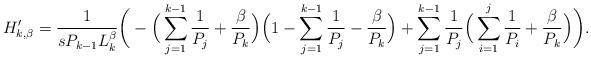
LaTeX: \begin{align*} H_{k,\beta}'= \frac{1}{sP_{k-1} L_k^\beta} \bigg(- \Big(\sum_{j=1}^{k-1}\frac1{P_j}+\frac{\beta}{P_k}\Big)\Big(1-\sum_{j=1}^{k-1}\frac1{P_j}-\frac{\beta}{P_k}\Big) + \sum_{j=1}^{k-1}\frac1{P_j} \Big(\sum_{i=1}^j\frac1{P_i}+\frac{\beta}{P_k}\Big) \bigg).\end{align*}